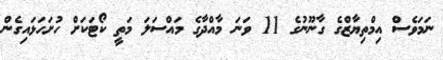
ނަމަވެސް އިމްތިޔާޒްގެ ގާނޫނުގެ 11 ވަނަ މާއްދާގެ މައްސަލަ މަތީ ކޯޓަކަށް ހުށަހަޅައިގެން